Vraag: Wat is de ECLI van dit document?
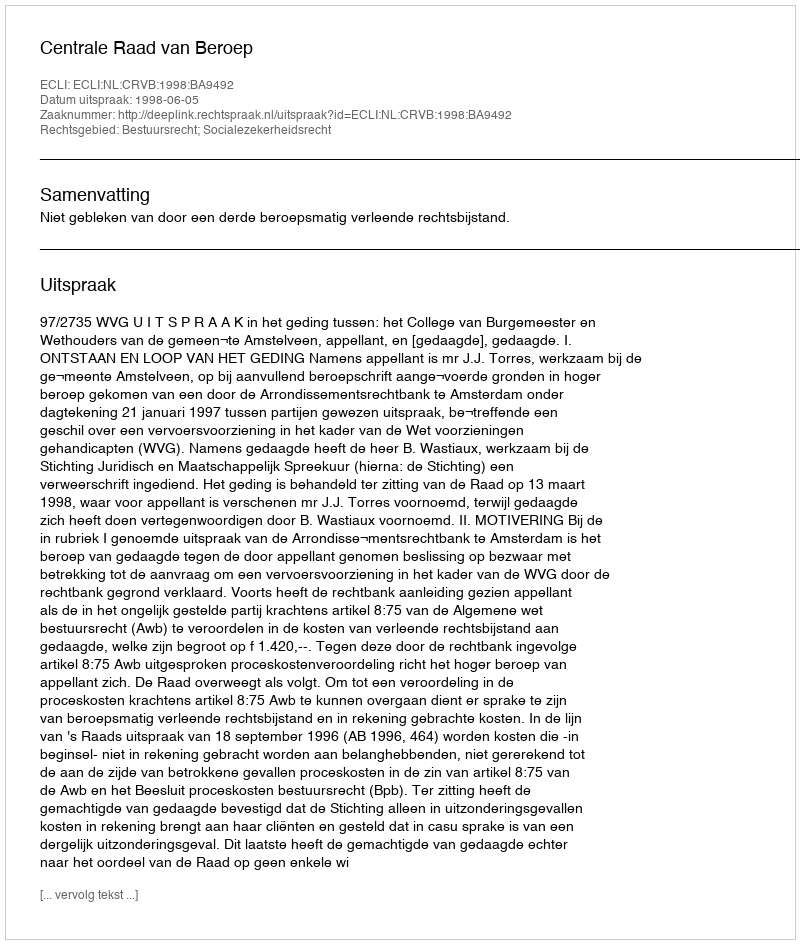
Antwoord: ECLI:NL:CRVB:1998:BA9492